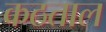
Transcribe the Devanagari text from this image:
कठताल